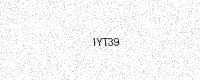
Text: IYT39